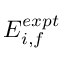
E _ { i , f } ^ { e x p t }